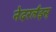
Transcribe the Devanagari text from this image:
नेदरलँड्स्